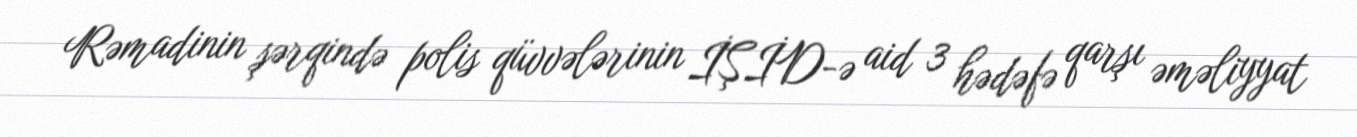
Rəmadinin şərqində polis qüvvələrinin İŞİD-ə aid 3 hədəfə qarşı əməliyyat